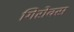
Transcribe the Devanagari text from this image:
गिरोक्स